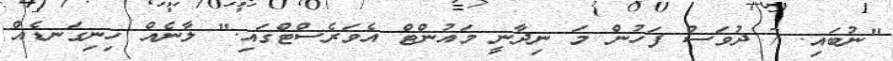
"ނުބައި. 7 ދުވަސް ފަހުން މަ ނިދާނީ މައުންޓް އެވަރެސްޓްގައި." ލާނެއް ހިނިގަނޑެއް